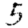
Digit: 5